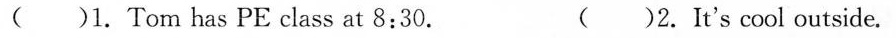
( )1. Tom has PE class at 8:30. ( )2.It's cool outside.